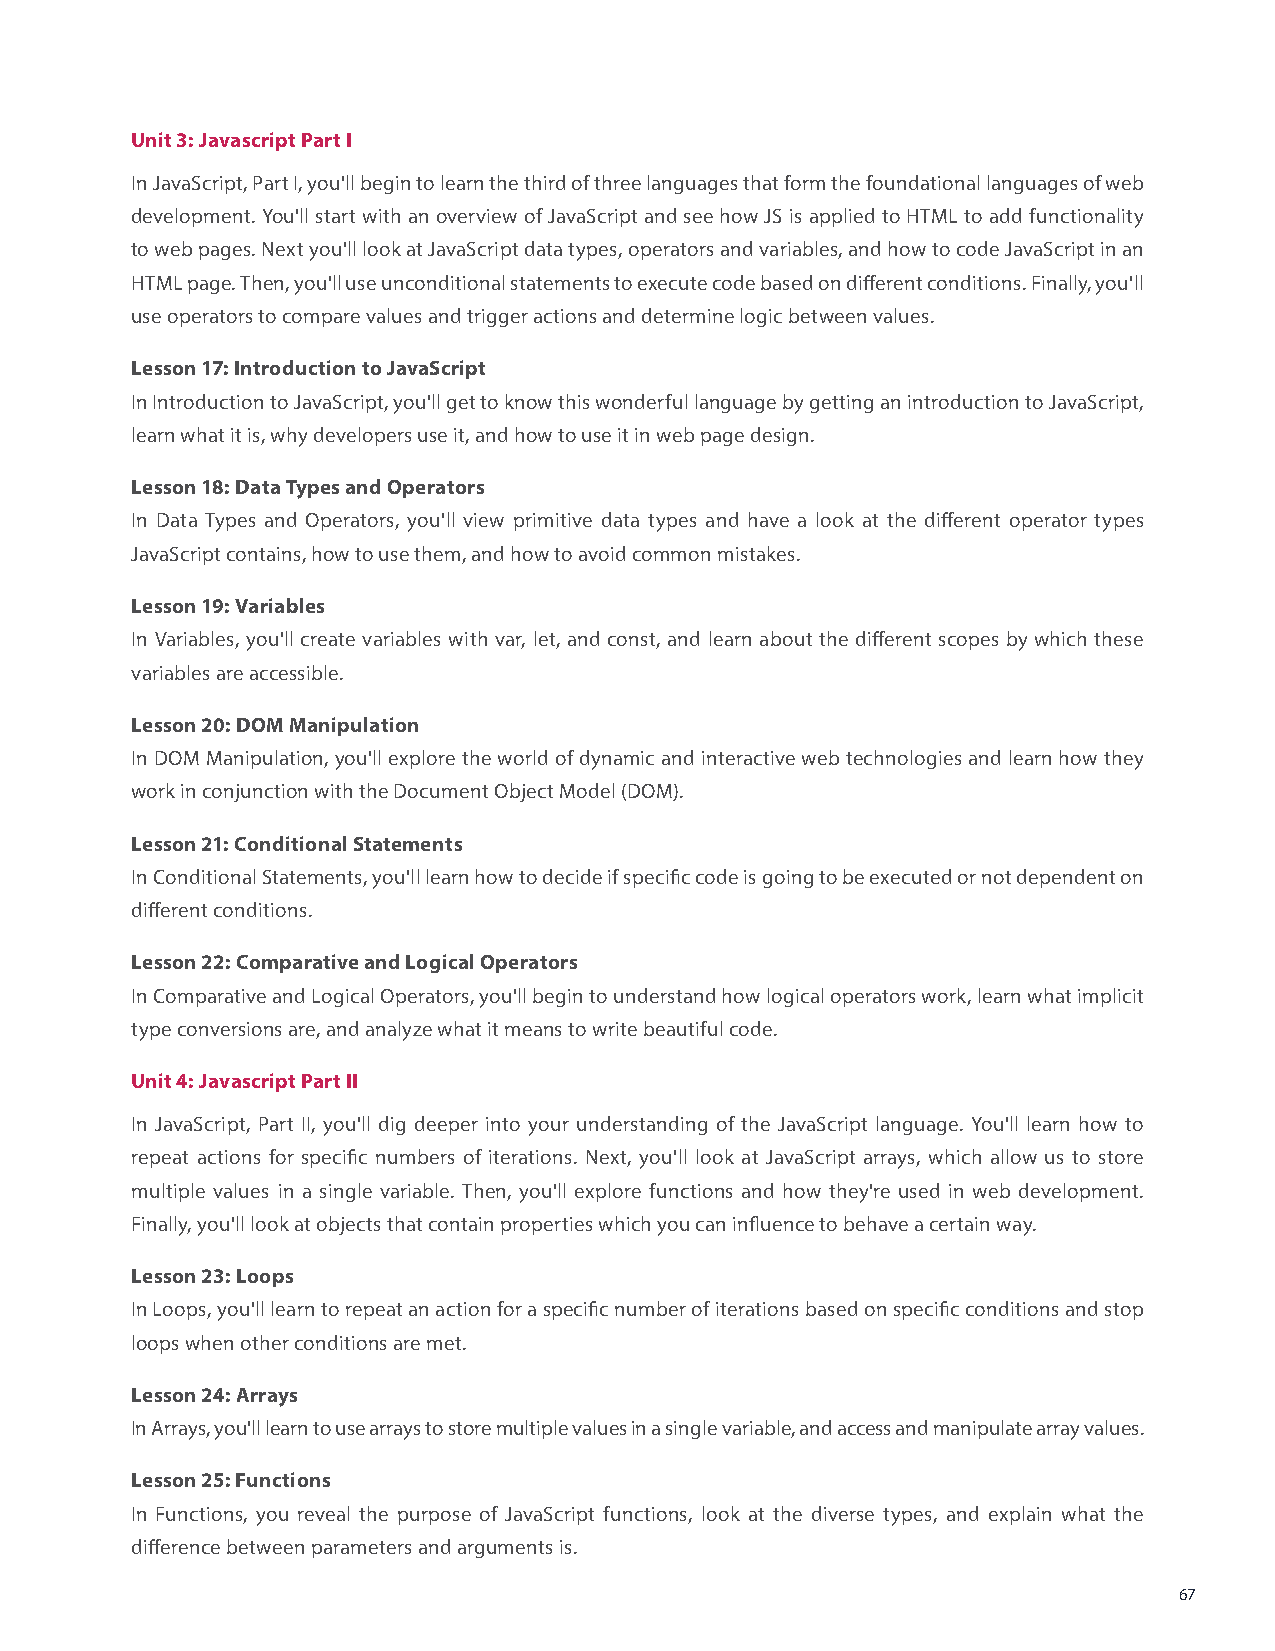
Unit 3: Javascript Part I
 In JavaScript, Part I, you'll begin to learn the third of three languages that form the foundational languages of web
 development. You'll start with an overview of JavaScript and see how JS is applied to HTML to add functionality
 to web pages. Next you'll look at JavaScript data types, operators and variables, and how to code JavaScript in an
 HTML page. Then, you'll use unconditional statements to execute code based on different conditions. Finally, you'll
 use operators to compare values and trigger actions and determine logic between values.
 Lesson 17: Introduction to JavaScript
 In Introduction to JavaScript, you'll get to know this wonderful language by getting an introduction to JavaScript,
 learn what it is, why developers use it, and how to use it in web page design.
 Lesson 18: Data Types and Operators
 In Data Types and Operators, you'll view primitive data types and have a look at the different operator types
 JavaScript contains, how to use them, and how to avoid common mistakes.
 Lesson 19: Variables
 In Variables, you'll create variables with var, let, and const, and learn about the different scopes by which these
 variables are accessible.
 Lesson 20: DOM Manipulation
 In DOM Manipulation, you'll explore the world of dynamic and interactive web technologies and learn how they
 work in conjunction with the Document Object Model (DOM).
 Lesson 21: Conditional Statements
 In Conditional Statements, you'll learn how to decide if specific code is going to be executed or not dependent on
 different conditions.
 Lesson 22: Comparative and Logical Operators
 In Comparative and Logical Operators, you'll begin to understand how logical operators work, learn what implicit
 type conversions are, and analyze what it means to write beautiful code.
 Unit 4: Javascript Part II
 In JavaScript, Part II, you'll dig deeper into your understanding of the JavaScript language. You'll learn how to
 repeat actions for specific numbers of iterations. Next, you'll look at JavaScript arrays, which allow us to store
 multiple values in a single variable. Then, you'll explore functions and how they're used in web development.
 Finally, you'll look at objects that contain properties which you can influence to behave a certain way.
 Lesson 23: Loops
 In Loops, you'll learn to repeat an action for a specific number of iterations based on specific conditions and stop
 loops when other conditions are met.
 Lesson 24: Arrays
 In Arrays, you'll learn to use arrays to store multiple values in a single variable, and access and manipulate array values.
 Lesson 25: Functions
 In Functions, you reveal the purpose of JavaScript functions, look at the diverse types, and explain what the
 difference between parameters and arguments is.
 67